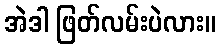
အဲဒါ ဖြတ်လမ်းပဲလား။